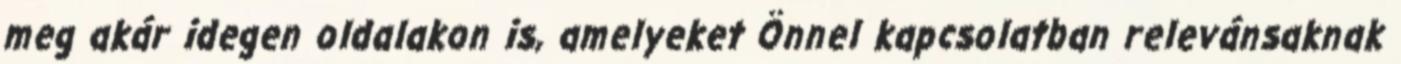
meg akár idegen oldalakon is, amelyeket Önnel kapcsolatban relevánsaknak